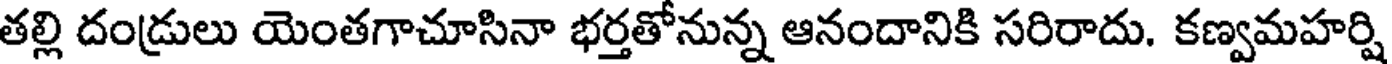
తల్లి దండ్రులు యెంతగాచూసినా భర్తతోనున్న ఆనందానికి సరిరాదు. కణ్వమహర్షి